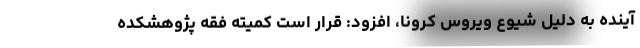
آینده به دلیل شیوع ویروس کرونا، افزود: قرار است کمیته فقه پژوهشکده